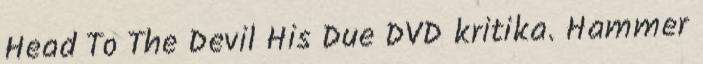
Head To The Devil His Due DVD kritika. Hammer